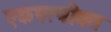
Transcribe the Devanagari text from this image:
एकपत्‍नीव्रत